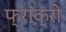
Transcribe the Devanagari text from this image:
फ्रांक्रो